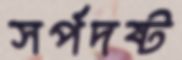
সর্পদষ্ট